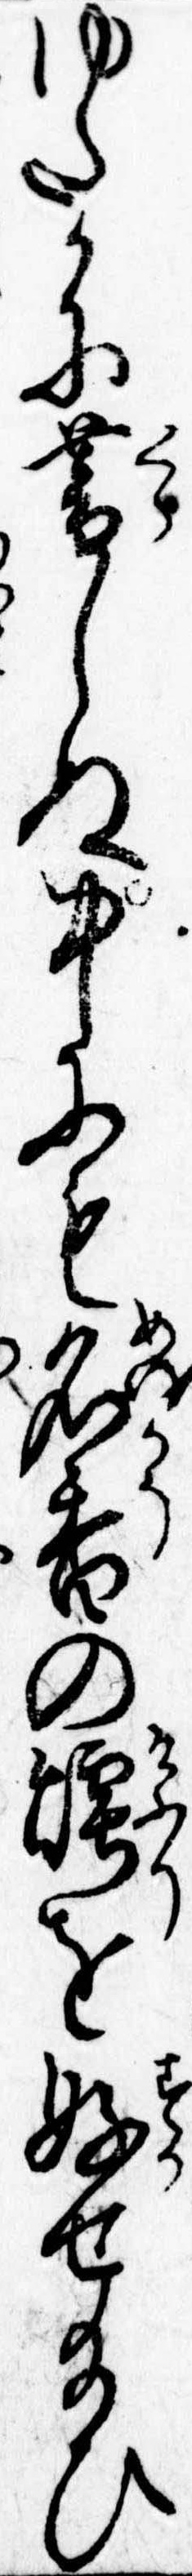
ゆたかに暮しぬ中にも名香の煙を好せ給ひ